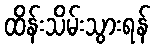
ထိန်းသိမ်းသွားရန်